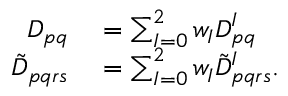
\begin{array} { r l } { D _ { p q } } & { { } = \sum _ { I = 0 } ^ { 2 } w _ { I } D _ { p q } ^ { I } } \\ { \tilde { D } _ { p q r s } } & { { } = \sum _ { I = 0 } ^ { 2 } w _ { I } \tilde { D } _ { p q r s } ^ { I } . } \end{array}